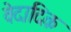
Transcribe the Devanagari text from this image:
वेदादिक